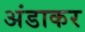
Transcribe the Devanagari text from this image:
अंडाकर